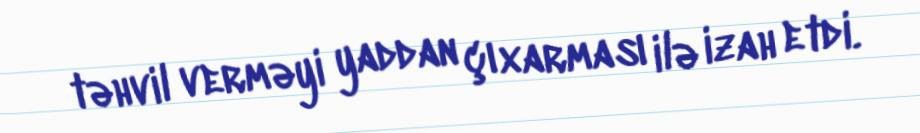
təhvil verməyi yaddan çıxarması ilə izah etdi.